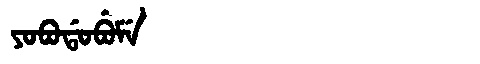
Manchu: ᠶᠣᠪᠣᡩᠣᠪᡠᠮᡝ
Romanization: YOBODOBUME